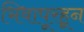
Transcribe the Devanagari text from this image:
भिवापूरहून